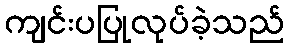
ကျင်းပပြုလုပ်ခဲ့သည်